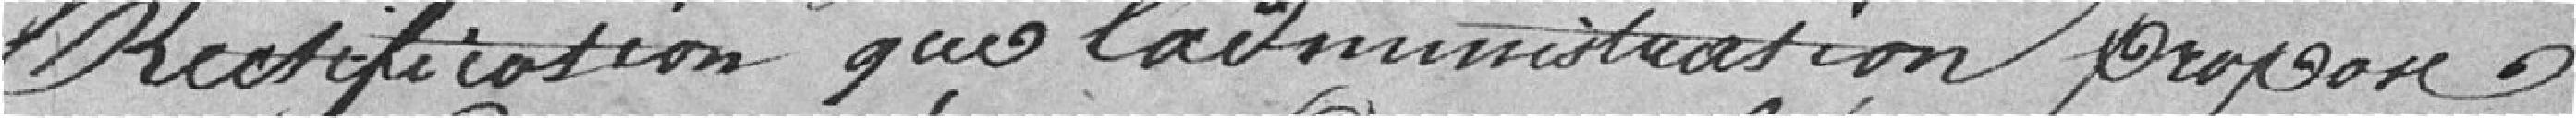
rectification que l'administration propose